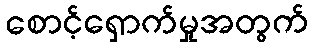
စောင့်ရှောက်မှုအတွက်